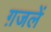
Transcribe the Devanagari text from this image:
ग़जलें